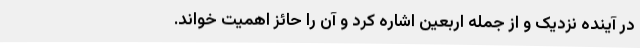
در آینده نزدیک و از جمله اربعین اشاره کرد و آن را حائز اهمیت خواند.